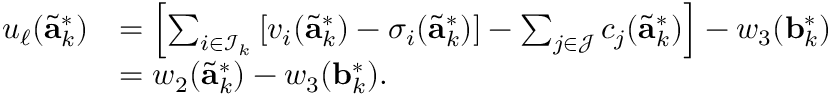
\begin{array} { r l } { u _ { \ell } ( \tilde { \mathbf { a } } _ { k } ^ { * } ) } & { = \left[ \sum _ { i \in \mathcal { I } _ { k } } \left[ v _ { i } ( \tilde { \mathbf { a } } _ { k } ^ { * } ) - \sigma _ { i } ( \tilde { \mathbf { a } } _ { k } ^ { * } ) \right] - \sum _ { j \in \mathcal { J } } c _ { j } ( \tilde { \mathbf { a } } _ { k } ^ { * } ) \right] - w _ { 3 } ( \mathbf { b } _ { k } ^ { * } ) } \\ & { = w _ { 2 } ( \tilde { \mathbf { a } } _ { k } ^ { * } ) - w _ { 3 } ( \mathbf { b } _ { k } ^ { * } ) . } \end{array}